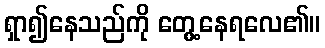
ရှာ၍နေသည်ကို တွေ့နေရလေ၏။